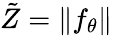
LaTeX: \tilde{Z}=\| f_{\theta}\|